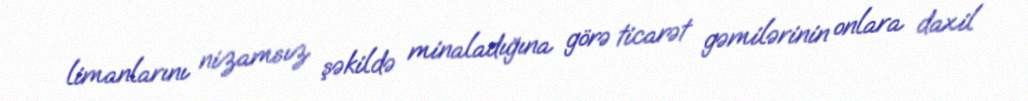
limanlarını nizamsız şəkildə minaladığına görə ticarət gəmilərinin onlara daxil